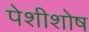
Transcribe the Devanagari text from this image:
पेशीशोष